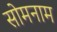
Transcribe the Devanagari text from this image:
सोमनाम